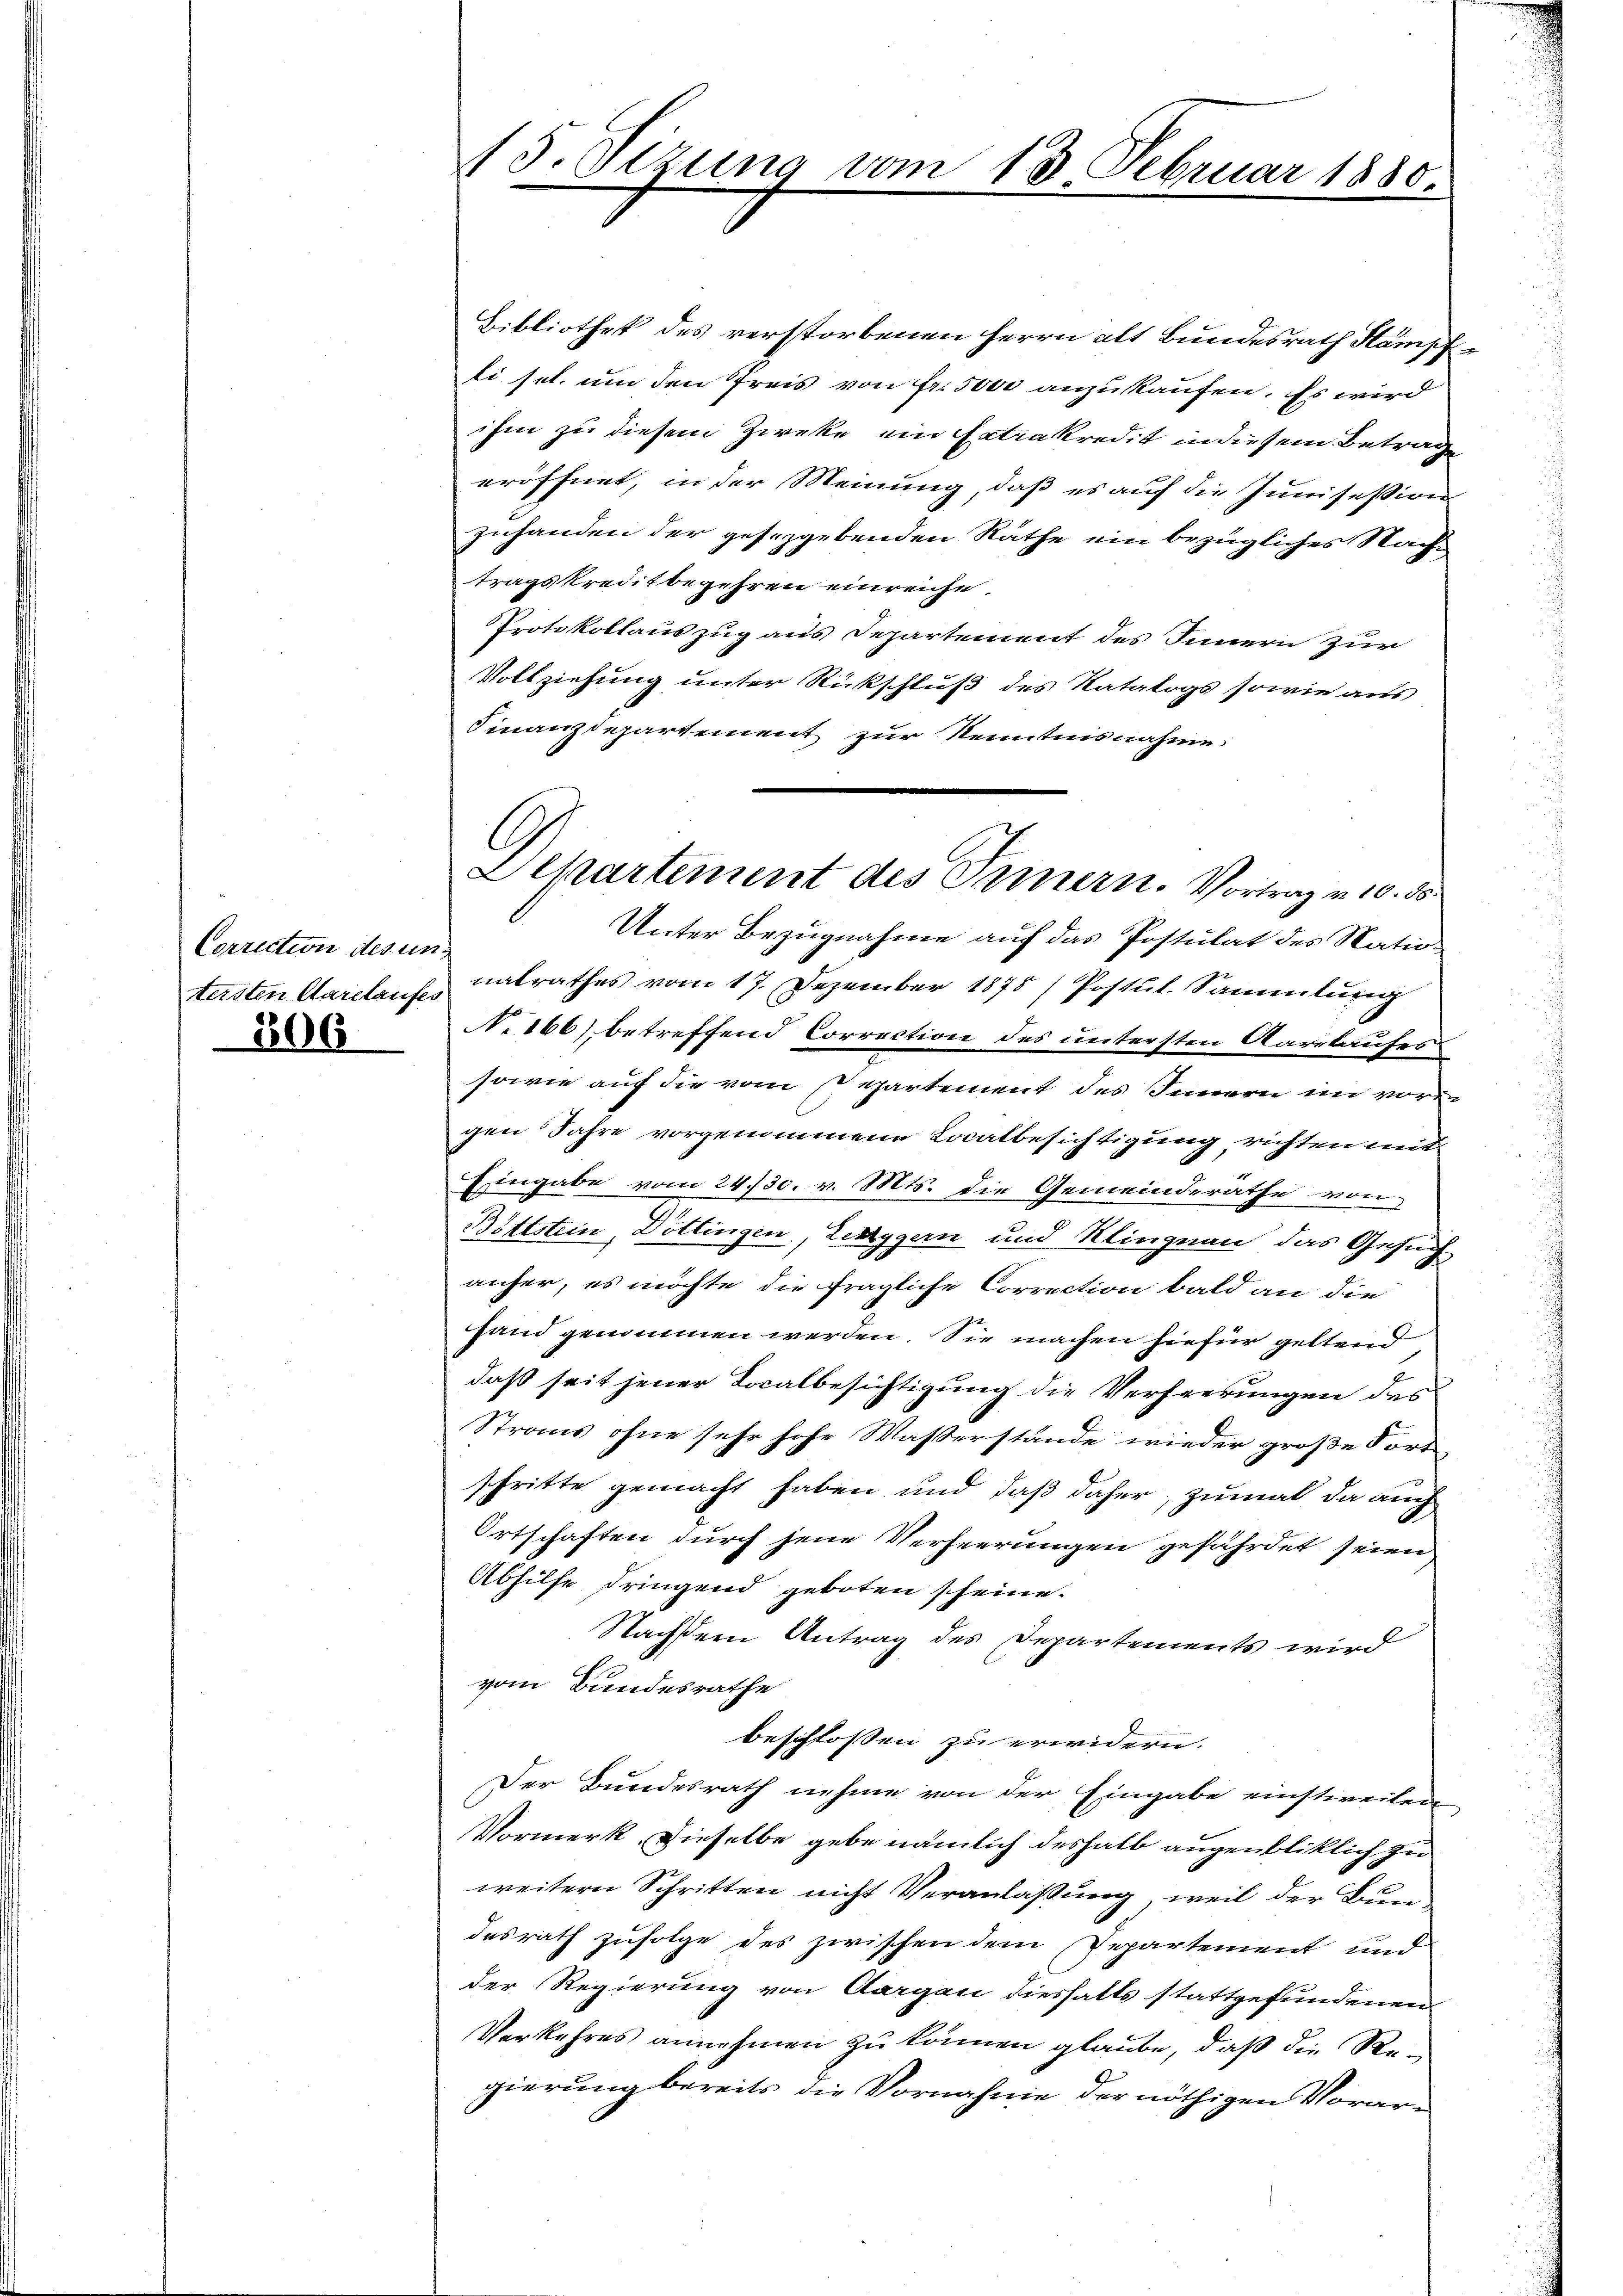
Correction des un
tersten Aarelaufes
306

15.Otzung vom 15. Februar 1880.

Bibliothek des verstorbenen Herrn alt Bundesrath Kampfli sel. um den Preis von Fr. 5000 anzukaufen. Es wird
ihm zu diesem Zweke ein Extrakredit in diesem Betrag
eröffnet, in der Meinung, daß es auf die Junisesion
zuhanden der gesezgebenden Räthe ein bezügliches Nacht,
tragskreditbegehren einreiche.
Protokollauszug aus Departement des Innern zur
Vollziehung unter Rückschluß des Katalogs sowie aus
Finanzdepartement zur Kenntnisnahme:
Unter Bezugnahme auf das Postulat des Nationalrathes vom 17. Dezember 1875 / Postul. Sammlung
N. 166) betreffend Correction des untersten Aarelaufes
sowie auf die vom Separtement des Innern im voren
gen Jahre vorgenommene Laatbesichtigung richten mit
Eingabe vom 24./30. v. Mts. die Gemeinderathe von
Böttstein, Döttingen, Leztygern und Klingnau das Gesuch
anher, es möchte die fragliche Correction bald an die
Hand genommen werden. Sie machen hiefür geltend
daß seit jener Localbesichtigung die Verheerungen des
Strans ohne sehr hohe Waßerstände wieder große Fort
schritte gemacht haben und daß daher, zumal da auch
Ortschaften durch jene Verheerungen gefährdet seien
Abhilfe dringend geboten scheine.
Nachstern Antrag des Departements wird
vom Bundesrathe
beschlossen zu erwidern.
Der Bundesrath nehme von der Eingabe einstweilen
Vormerk, dieselbe gebe nämlich deshalb augenblicklich zu
weitern Schritten nicht Veranlaßung, weil der Bun
desrath zufolge des zwischen dem Departement und
der Regierung von Aargau dieshalts stattgefundenen
Verkehres annehmen zu können glaube, daß die Regierung bereits die Vornahme der nöthigen Vorar¬

Departement des Innern. Vortrag v. 10. ds.

e